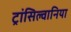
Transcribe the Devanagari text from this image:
ट्रांसिल्वानिया